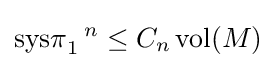
\operatorname {sys\pi } _{1}{}^{n}\leq C_{n}\operatorname {vol} (M)